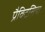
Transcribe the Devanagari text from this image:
प्रैक्टिसिया